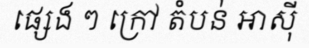
ផ្សេង ៗ ក្រៅ តំបន់ អាស៊ី